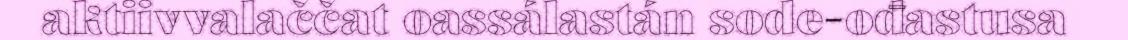
aktiivvalaččat oassálastán sode-ođastusa